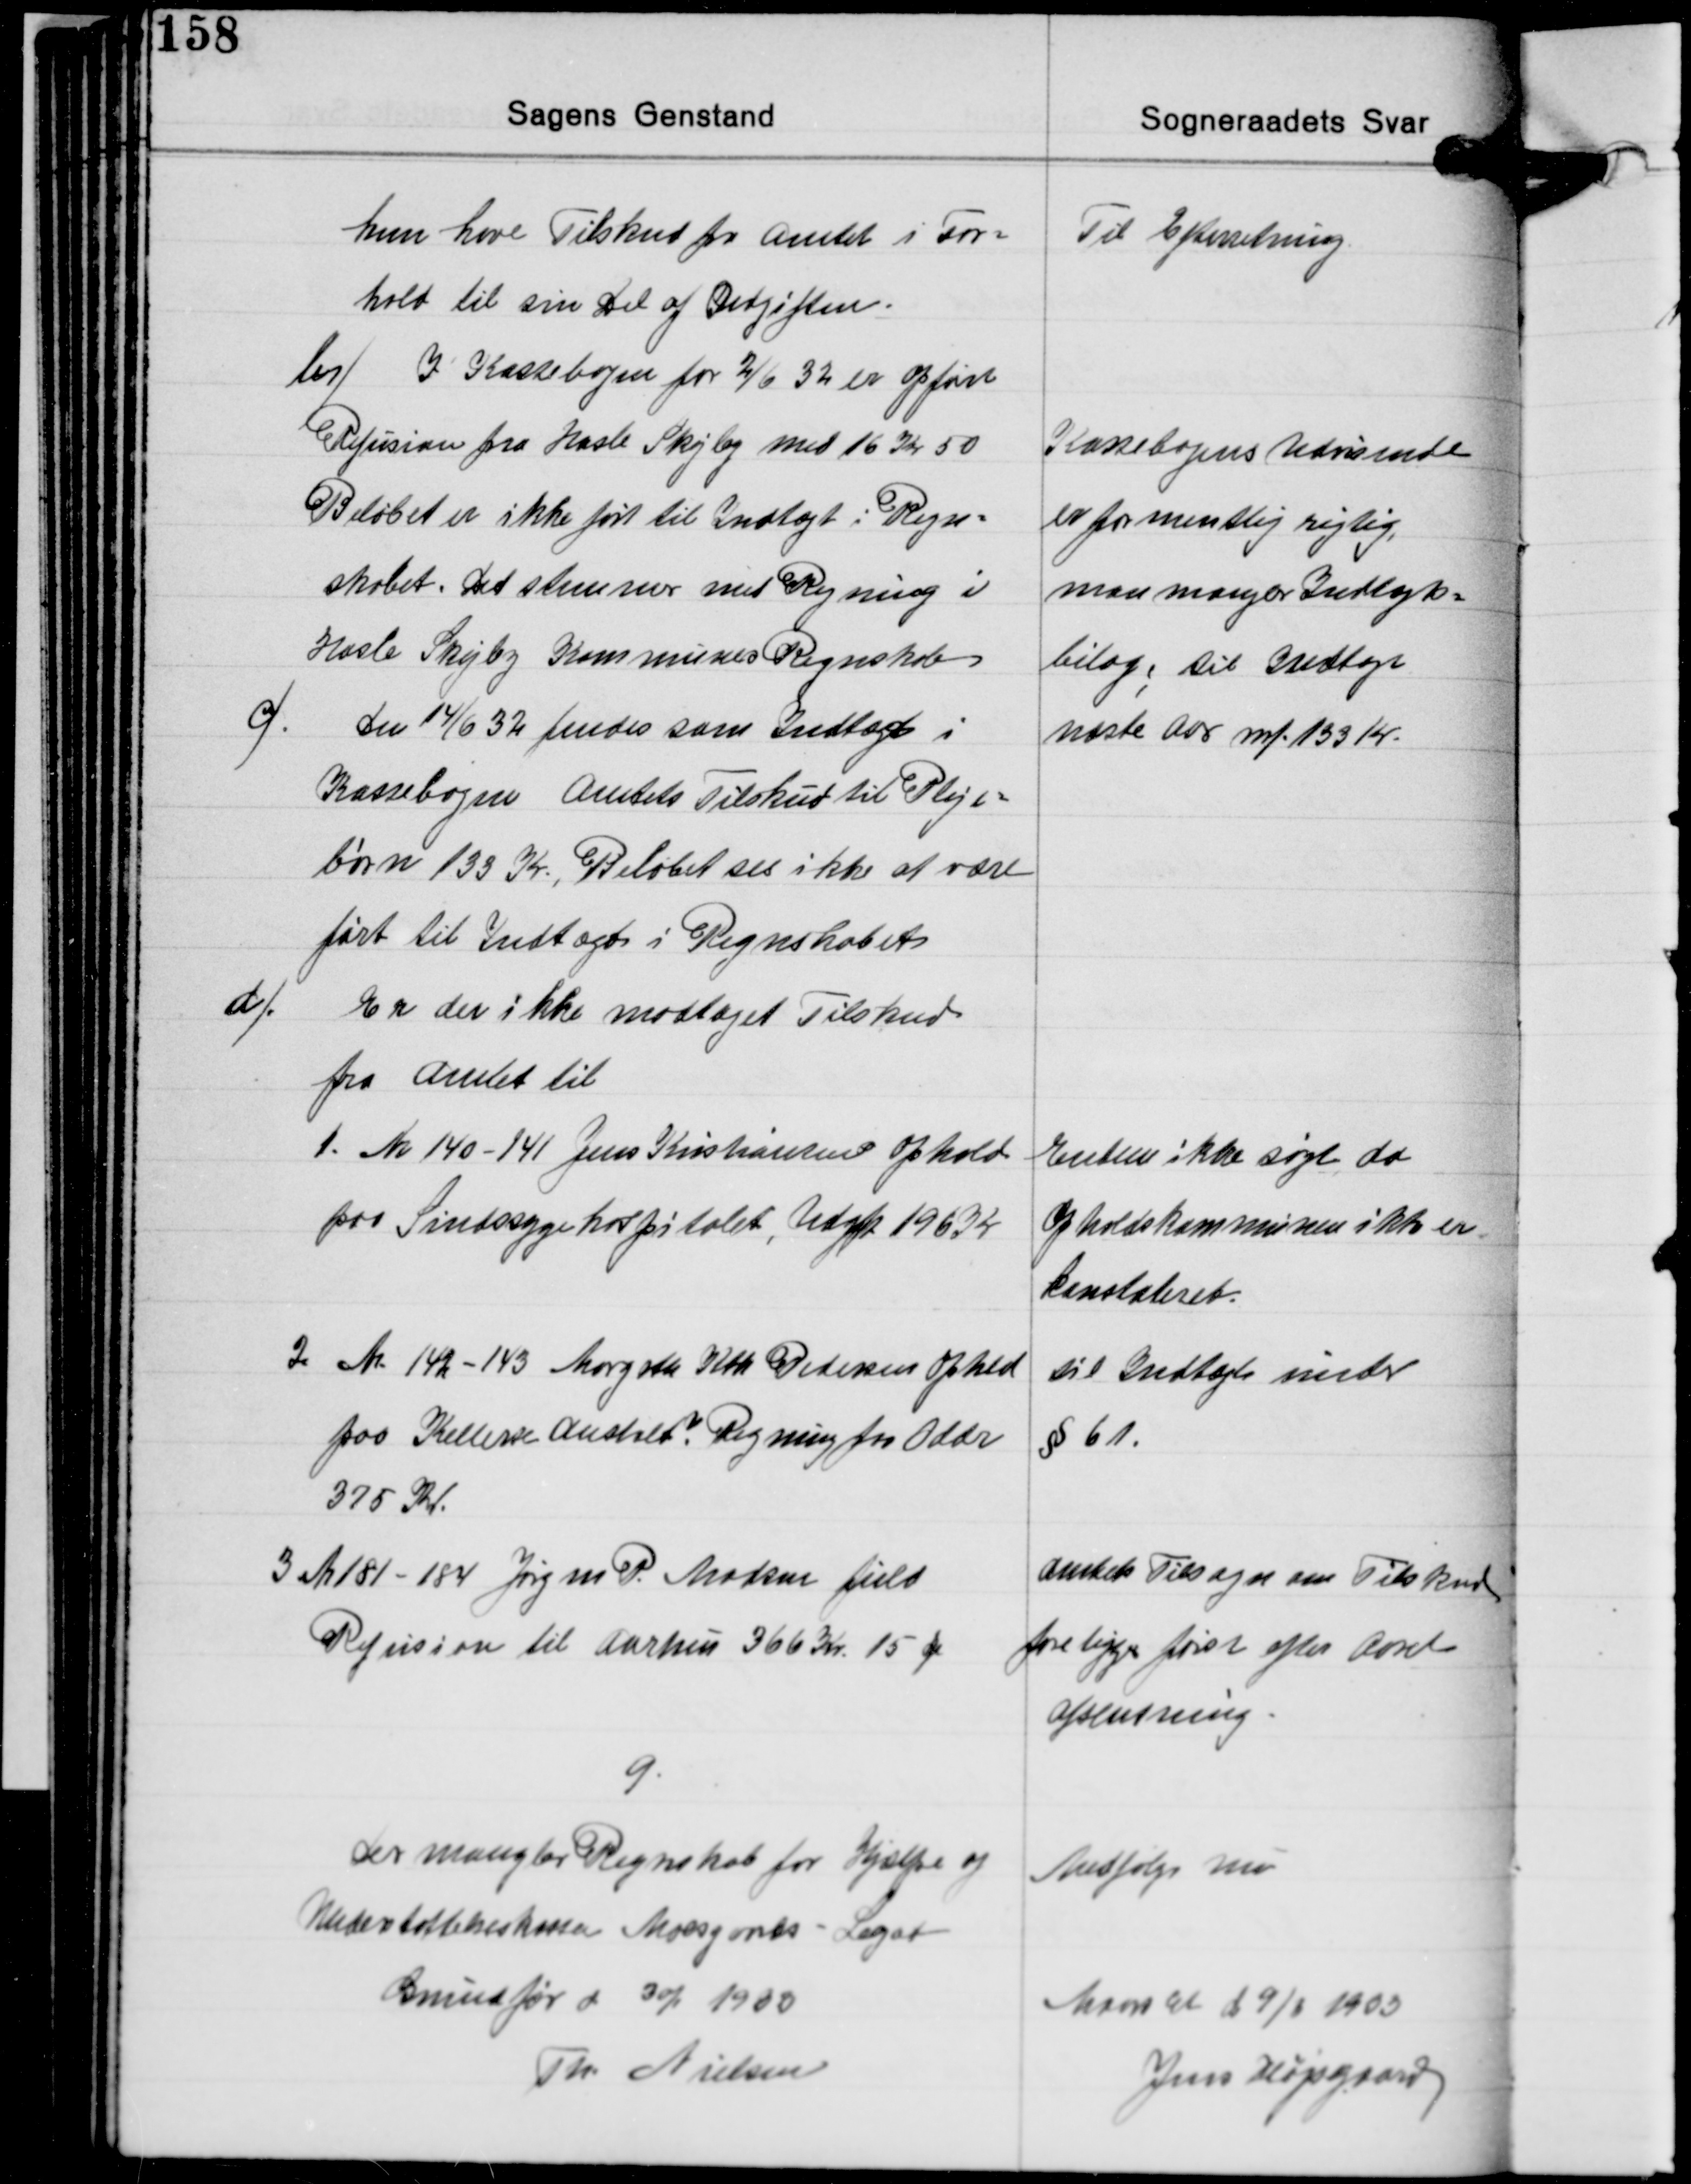
Transskription:
Til Efterretning

hun have Tilskud fra Amtet i For-
hold til sin Del af Udgiften.
b/ I Kassebogen for 2/6 32 er opført
Refusion fra Hasle Skejby med 16 Kr. 50
Beløbet er ikke ført til Indtægt i Regn-
skabet. Det stemmer med Regning i
Hasle Skejby Kommunes Regnskab

Kassebogens Udvisende
er formentlig rigtig,
man mangler Indtægts-
bilag; til Indtægt
næste Aar mf. 133 Kr.

c/ Den 14/6 32 findes som Indtægt i
Kassebogen Amtets Tilskud til Pleje-
børn 135 Kr. Beløbet ses ikke at være
ført til Indtægt i Regnskabet

d/
Er der ikke modtaget Tilskud
fra Amtet til
1. Nr. 140-141 Jens Kristiansen ophold
paa Sindssygehospitalet, Udgf. 196 Kr.

Enten ikke søgt da
Opholdskommunen ikke er
konstateret.

2 Nr 142-143 Margrethe Kok Pedersens Ophold
paa Kellerse Anstalt? Regning fra Odder
375 Kr.

til Indtægt under
§ 61.

3 Nr. 181-184 Jørgen P. Madsen fuld
Refusion til Aarhus 366 Kr. 15 Øre

Amtets Tilsagn om Tilskud
foreligger først efter Aarets
afstemning.

9.
Der mangler Regnskab for Hjælpe og
Undestøttelseskasse, Moesgaards - Legat
Grundfør d 30/1 1933
Th. Nielsen

Medfølger nu

Maarslet d. 9/1 1933
Jens Højsgaard